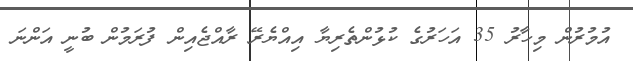
އުމުރުން މިހާރު 35 އަހަރުގެ ކުޅުންތެރިޔާ އިއްޔެރޭ ރާއްޖެއިން ފުރަމުން ބުނީ އަންނަ